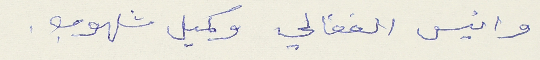
وانيس الفغالي وكميل شلهوب.